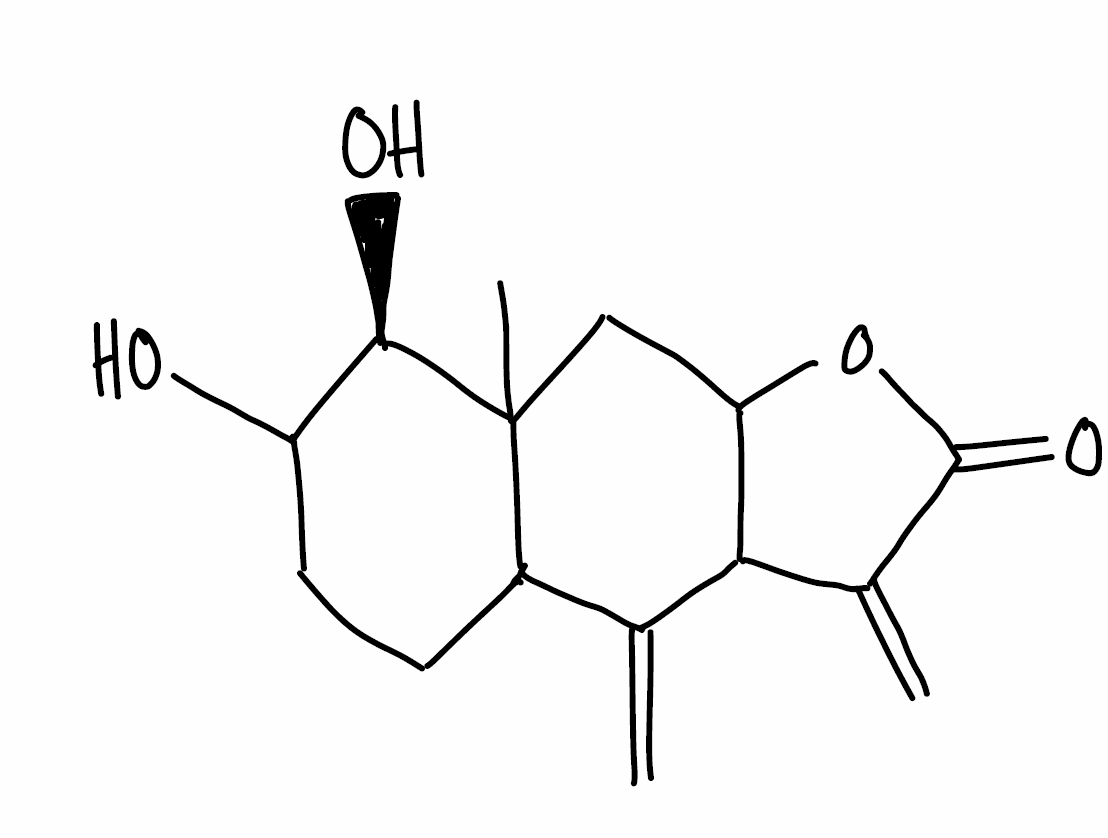
Simplified molecular-input line-entry system (SMILES) notation of the given molecule:
CC12CC3C(C(=C)C1CCC([C@H]2O)O)C(=C)C(=O)O3